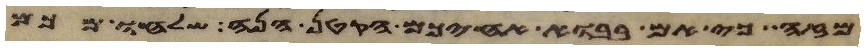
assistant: מזה כי אם בבוא אחיכם הקטן הנה שלחו מכם